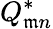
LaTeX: Q_{\mathfrak{m}n}^{*}